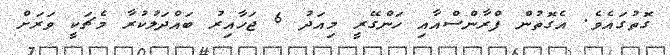
ގޮތުގައެވެ. އެގޮތުން ފްރާންސްއާއި ހަންގޭރީ މިއަދު 6 ޖަހާއިރު ބައްދަލުކުރާ މެޗަކީ ވަރަށް